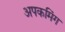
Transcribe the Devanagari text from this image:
अपकमिंग